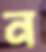
ন